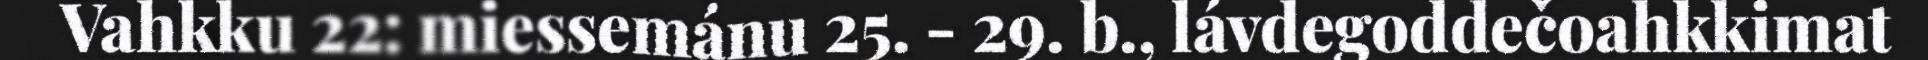
Vahkku 22: miessemánu 25. - 29. b., lávdegoddečoahkkimat